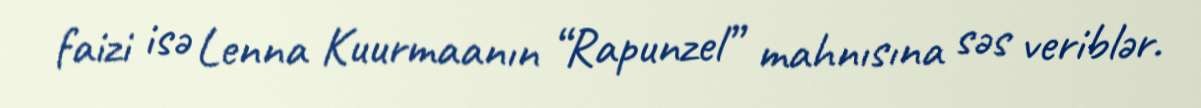
faizi isə Lenna Kuurmaanın “Rapunzel” mahnısına səs veriblər.